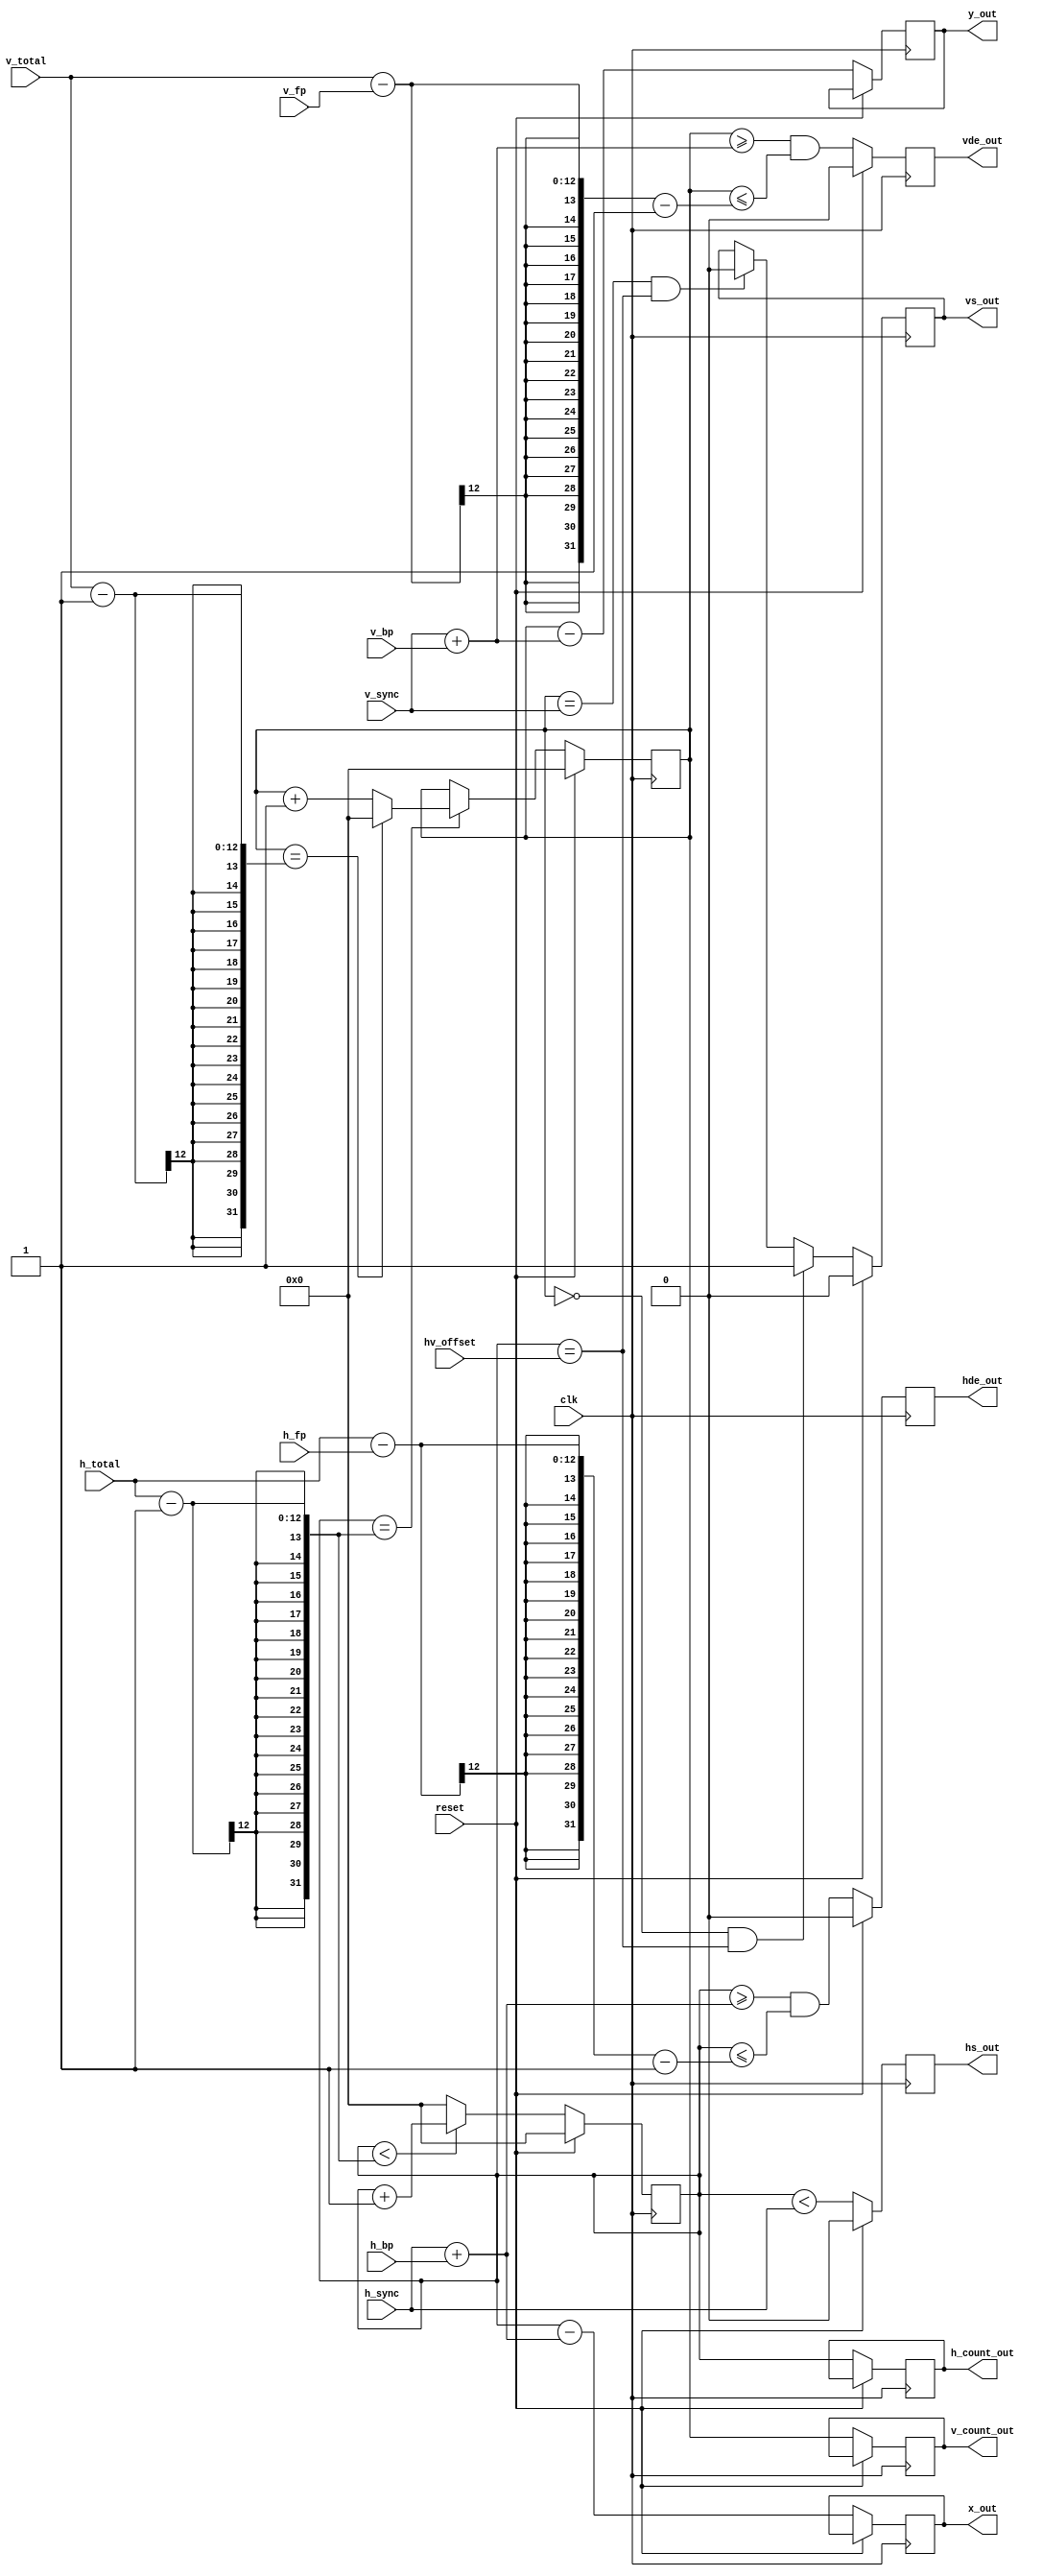
module sync_vg
#(
	parameter X_BITS=12, Y_BITS=12
)
(
	input wire clk,
	input wire reset,

	input wire [Y_BITS-1:0] v_total,
	input wire [Y_BITS-1:0] v_fp,
	input wire [Y_BITS-1:0] v_bp,
	input wire [Y_BITS-1:0] v_sync,
	input wire [X_BITS-1:0] h_total,
	input wire [X_BITS-1:0] h_fp,
	input wire [X_BITS-1:0] h_bp,
	input wire [X_BITS-1:0] h_sync,
	input wire [X_BITS-1:0] hv_offset,

	output reg vs_out,
	output reg hs_out,
	output reg hde_out,
	output reg vde_out,
	output reg [Y_BITS-1:0] v_count_out,
	output reg [X_BITS-1:0] h_count_out,
	output reg [X_BITS-1:0] x_out,
	output reg [Y_BITS-1:0] y_out
);

reg [X_BITS-1:0] h_count;
reg [Y_BITS-1:0] v_count;

/* horizontal counter */
always @(posedge clk)
	if (reset)
		h_count <= 0;
	else
	if (h_count < h_total - 1)
		h_count <= h_count + 1'd1;
	else
		h_count <= 0;
		
/* vertical counter */
always @(posedge clk)
	if (reset)
		v_count <= 0;
	else
	if (h_count == h_total - 1)
	begin
		if (v_count == v_total - 1)
			v_count <= 0;
		else
			v_count <= v_count + 1'd1;
	end

always @(posedge clk)
	if (reset)
		{ vs_out, hs_out, hde_out, vde_out } <= 0;
	else begin
		hs_out <= ((h_count < h_sync));

		hde_out <= (h_count >= h_sync + h_bp) && (h_count <= h_total - h_fp - 1);
		vde_out <= (v_count >= v_sync + v_bp) && (v_count <= v_total - v_fp - 1);

		if ((v_count == 0) && (h_count == hv_offset))
			vs_out <= 1'b1;
		else if ((v_count == v_sync) && (h_count == hv_offset))
			vs_out <= 1'b0;

		/* H_COUNT_OUT and V_COUNT_OUT */
		h_count_out <= h_count;
		v_count_out <= v_count;

		/* X and Y coords for a backend pattern generator */
		x_out <= h_count - (h_sync + h_bp);
		y_out <= v_count - (v_sync + v_bp);
	end

endmodule